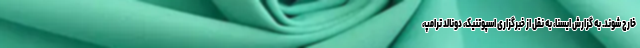
خارج شوند. به گزارش ایسنا، به نقل از خبرگزاری اسپوتنیک، دونالد ترامپ،